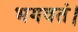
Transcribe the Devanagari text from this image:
भगवतं।